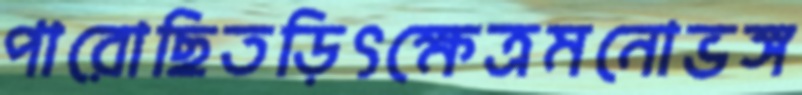
পারোছিতড়িৎক্ষেত্রমনোভঙ্গ